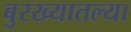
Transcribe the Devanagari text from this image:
बुरख्यातल्या